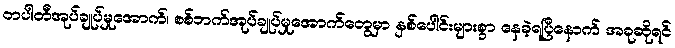
တပါတီအုပ်ချုပ်မှုအောက်၊ စစ်ဘက်အုပ်ချုပ်မှုအောက်တွေမှာ နှစ်ပေါင်းများစွာ နေခဲ့ရပြီနောက် အခုဆိုရင်